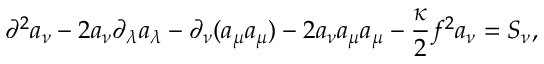
\partial ^ { 2 } a _ { \nu } - 2 a _ { \nu } \partial _ { \lambda } a _ { \lambda } - \partial _ { \nu } ( a _ { \mu } a _ { \mu } ) - 2 a _ { \nu } a _ { \mu } a _ { \mu } - \frac { \kappa } { 2 } f ^ { 2 } a _ { \nu } = S _ { \nu } ,